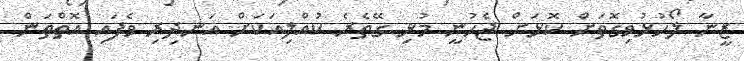
ޒީނާ ލޯހުޅުވިގޮތަށް ކޮޅަށް ޖެހުނީ މުޅި ގޭތެރެ ކުއްލިއަކަށް އަނދިރި ވެފައި އޮތްތަން